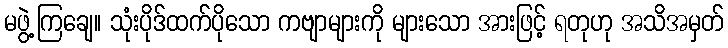
မဖွဲ့ကြချေ။ သုံးပိုဒ်ထက်ပိုသော ကဗျာများကို များသော အားဖြင့် ရတုဟု အသိအမှတ်